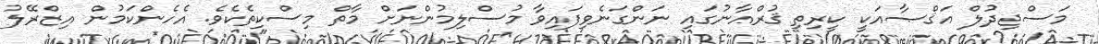
މަސްޖިދުލް އަޤްޞާއަކީ ކީރިތި ޤުރްއާނުގައި ނަންގަނެވިފައިވާ މުސްލިމުންނަށް މާތް މިސްކިތެކެވެ. އެހެންކަމުން އިޒްރޭލު